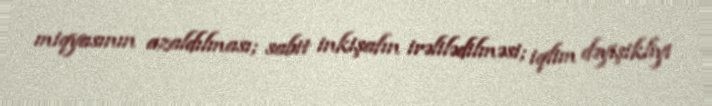
miqyasının azaldılması; sabit inkişafın irəlilədilməsi; iqlim dəyişikliyi